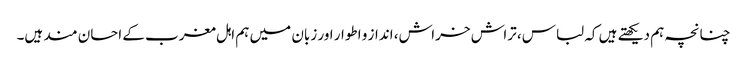
چنانچہ ہم دیکھتے ہیں کہ لباس، تراش خراش، انداز و اطوار اور زبان میں ہم اہل مغرب کے احسان مند ہیں۔